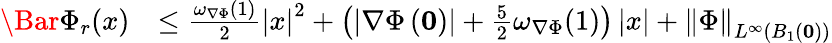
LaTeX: \begin{array}{rl}{\Bar{\Phi}_{r}(x)}&{\le\frac{\omega_{\nabla\Phi}(1)}{2}\left|x\right|^{2}+\left(\left|\nabla\Phi\left(\mathbf{0}\right)\right|+\frac{5}{2}\omega_{\nabla\Phi}(1)\right)\left|x\right|+\left\| \Phi\right\| _{L^{\infty}\left(B_{1}\left(\mathbf{0}\right)\right)}}\end{array}